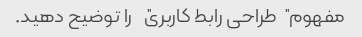
مفهوم "طراحی رابط کاربری" را توضیح دهید.